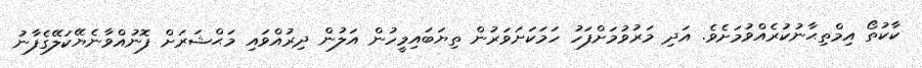
ކާކުތޯ އިމްތިޙާނުކުރެއްވުމަށެވެ. އަދި މަރުވުމަށްފަހު ހަމަކަށަވަރުން ތިޔަބައިމީހުން އަލުން ދިރުއްވައި މަޙްޝަރަށް ފޮނުއްވާނެޔޭކަލޭގެފާނު